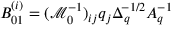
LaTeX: B _ { 0 1 } ^ { ( i ) } = ( \mathcal { M } _ { 0 } ^ { - 1 } ) _ { i j } q _ { j } \Delta _ { q } ^ { - 1 / 2 } A _ { q } ^ { - 1 }